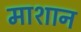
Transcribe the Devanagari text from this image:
माशान